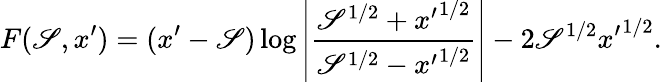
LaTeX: F(\mathscr{S},x^{\prime})=(x^{\prime}-\mathscr{S})\log\left|\frac{{\mathscr{S}^{1/2}+{x^{\prime}}^{1/2}}}{{\mathscr{S}^{1/2}-{x^{\prime}}^{1/2}}}\right|-2\mathscr{S}^{1/2}{x^{\prime}}^{1/2}.